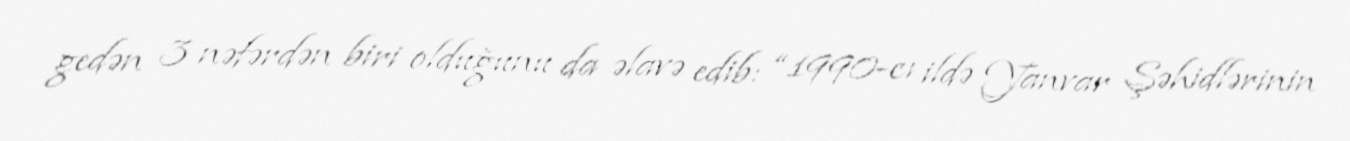
gedən 3 nəfərdən biri olduğunu da əlavə edib: “1990-cı ildə Yanvar Şəhidlərinin